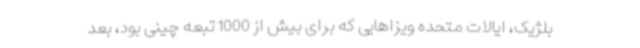
بلژیک، ایالات متحده ویزاهایی که برای بیش از 1000 تبعه چینی بود، بعد